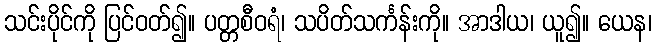
သင်းပိုင်ကို ပြင်ဝတ်၍။ ပတ္တစီဝရံ၊ သပိတ်သင်္ကန်းကို။ အာဒါယ၊ ယူ၍။ ယေန၊